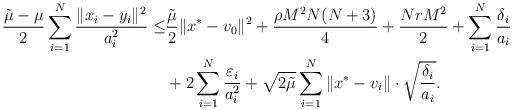
LaTeX: \begin{align*}\begin{aligned}\frac{\tilde\mu-\mu}{2}\sum_{i=1}^N\frac{\|x_i-y_i\|^2}{a_i^2}\leq &\frac{\tilde\mu}{2}\|x^*-v_0\|^2+\frac{\rho M^2N(N+3)}{4} +\frac{NrM^2}{2}+\sum^N_{i=1}\frac{\delta_i}{a_i}\\&+2\sum_{i=1}^N\frac{\varepsilon_i}{a_i^2}+\sqrt{2\tilde\mu}\sum_{i=1}^N \|x^*-v_{i}\|\cdot\sqrt{\frac{\delta_i}{a_i}}.\end{aligned}\end{align*}